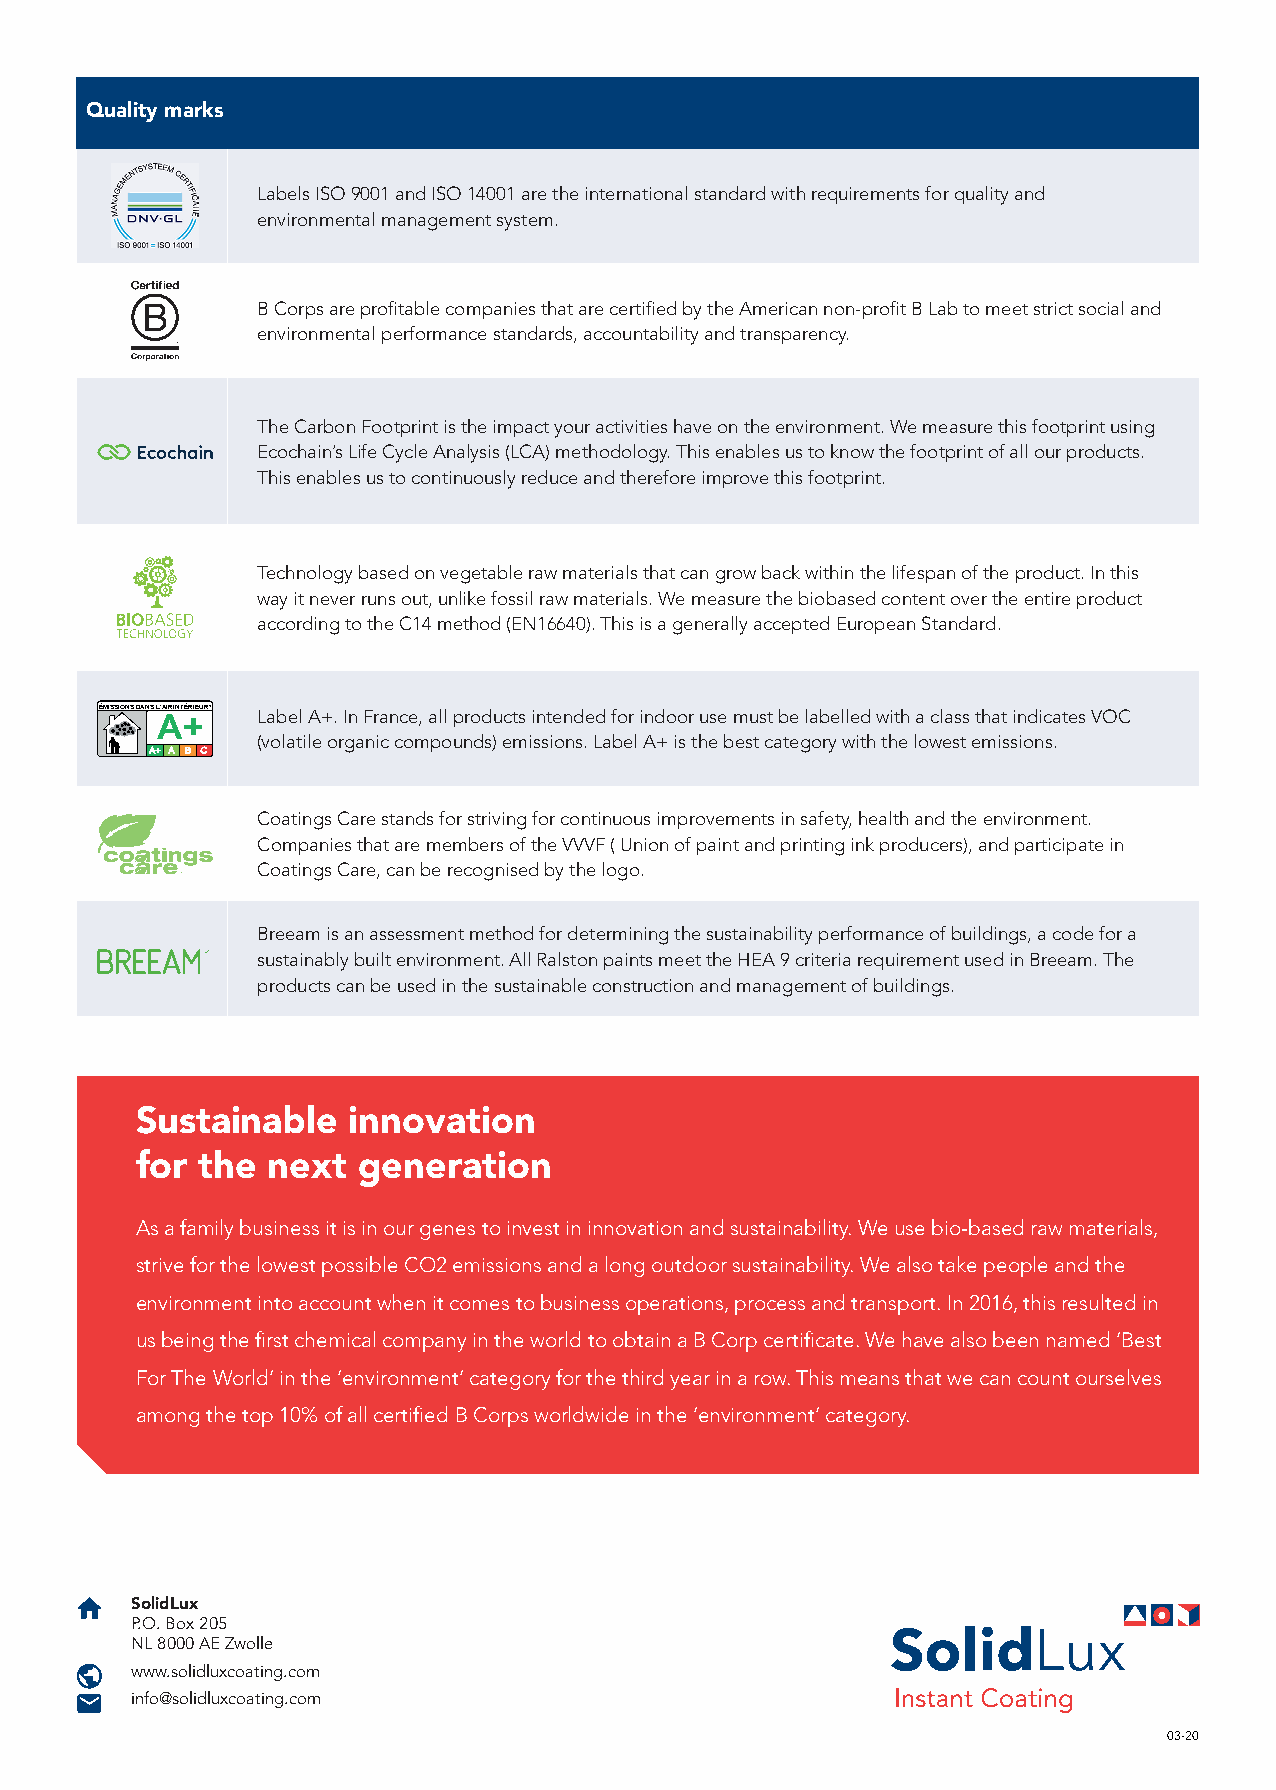
Quality marks
 Labels ISO 9001 and ISO 14001 are the international standard with requirements for quality and
 environmental management system.
 B Corps are profitable companies that are certified by the American non-profit B Lab to meet strict social and
 environmental performance standards, accountability and transparency.
 The Carbon Footprint is the impact your activities have on the environment. We measure this footprint using
 Ecochain’s Life Cycle Analysis (LCA) methodology. This enables us to know the footprint of all our products.
 This enables us to continuously reduce and therefore improve this footprint.
 Technology based on vegetable raw materials that can grow back within the lifespan of the product. In this
 way it never runs out, unlike fossil raw materials. We measure the biobased content over the entire product
 according to the C14 method (EN16640). This is a generally accepted European Standard.
 ÉMISSIONS DANS L’AIR INTÉRIEUR* Label A+. In France, all products intended for indoor use must be labelled with a class that indicates VOC
 A+
 (volatile organic compounds) emissions. Label A+ is the best category with the lowest emissions.
 A+ A B C
 Coatings Care stands for striving for continuous improvements in safety, health and the environment.
 Companies that are members of the VVVF ( Union of paint and printing ink producers), and participate in
 Coatings Care, can be recognised by the logo.
 Breeam is an assessment method for determining the sustainability performance of buildings, a code for a
 sustainably built environment. All Ralston paints meet the HEA 9 criteria requirement used in Breeam. The
 products can be used in the sustainable construction and management of buildings.
 Sustainable   innovation
 for the  next  generation
 As a family business it is in our genes to invest in innovation and sustainability. We use bio-based raw materials,
 strive for the lowest possible CO2 emissions and a long outdoor sustainability. We also take people and the
 environment into account when it comes to business operations, process and transport. In 2016, this resulted in
 us being the first chemical company in the world to obtain a B Corp certificate. We have also been named ‘Best
 For The World’ in the ‘environment’ category for the third year in a row. This means that we can count ourselves
 among the top 10% of all certified B Corps worldwide in the ‘environment’ category.
 SolidLux
 P.O. Box 205
 NL 8000 AE Zwolle
 www.solidluxcoating.com
 info@solidluxcoating.com
 03-20